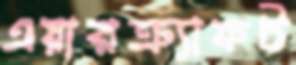
এয়ারক্র্যাফট